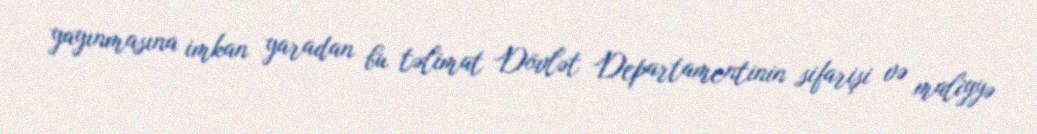
yayınmasına imkan yaradan bu təlimat Dövlət Departamentinin sifarişi və maliyyə